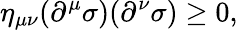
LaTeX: \eta_{\mu\nu}(\partial^{\mu}\sigma)(\partial^{\nu}\sigma)\geq 0,